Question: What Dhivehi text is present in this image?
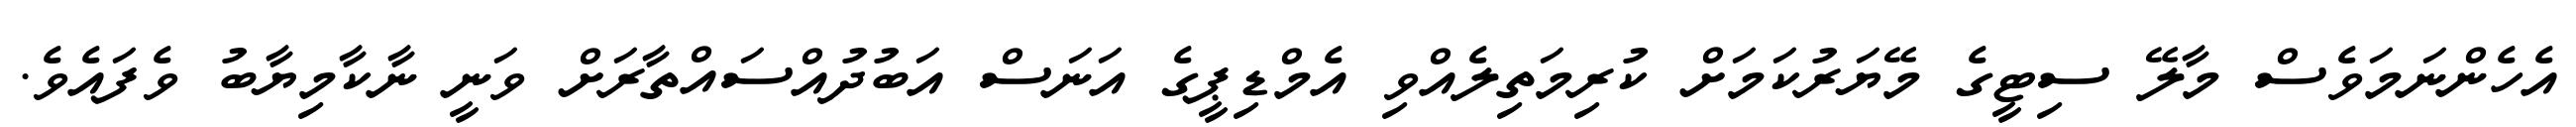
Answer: އެހެންނަމަވެސް މާލޭ ސިޓީގެ މޭޔަރުކަމަށް ކުރިމަތިލެއްވި އެމްޑިޕީގެ އަނަސް އަބުދުއްސައްތާރަށް ވަނީ ނާކާމިޔާބު ވެފައެވެ.